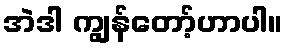
အဲဒါ ကျွန်တော့်ဟာပါ။